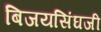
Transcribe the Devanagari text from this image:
बिजयसिंघजी